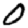
Digit: 0